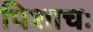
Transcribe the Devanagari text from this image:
पिशाचः